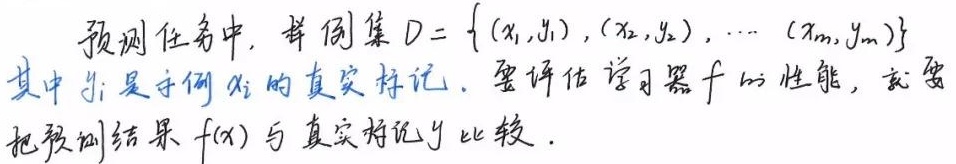
预测任务中，样例集 \(D = \{ (x_1, y_1), (x_2, y_2), \cdots, (x_m, y_m) \}\) 其中 \(y_i\) 是示例 \(x_i\) 的真实标记。要评估学习器 \(f\) 的性能，就要把预测结果 \(f(x)\) 与真实标记 \(y\) 比较。